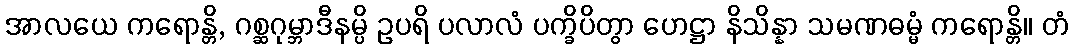
အာလယေ ကရောန္တိ, ဂစ္ဆဂုမ္ဘာဒီနမ္ပိ ဥပရိ ပလာလံ ပက္ခိပိတွာ ဟေဋ္ဌာ နိသိန္နာ သမဏဓမ္မံ ကရောန္တိ။ တံ